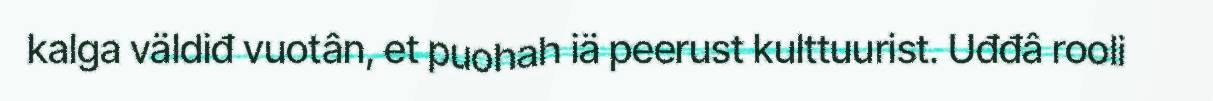
kalga väldiđ vuotân, et puohah iä peerust kulttuurist. Uđđâ rooli